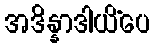
အဒိန္နာဒါယိံပေ